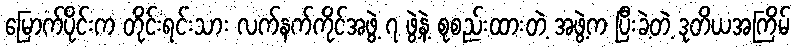
မြောက်ပိုင်းက တိုင်းရင်းသား လက်နက်ကိုင်အဖွဲ့ ၇ ဖွဲ့နဲ့ စုစည်းထားတဲ့ အဖွဲ့က ပြီးခဲ့တဲ့ ဒုတိယအကြိမ်